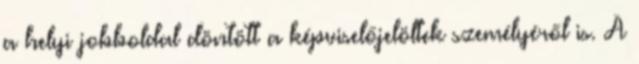
a helyi jobboldal döntött a képviselőjelöltek személyéről is. A